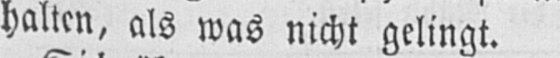
halten, als was nicht gelingt.